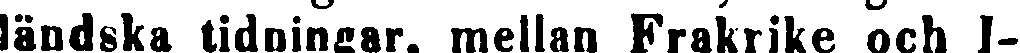
ländska tidningar, mellan Frakrike och I-